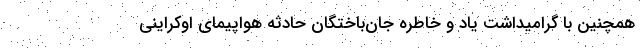
همچنین با گرامیداشت یاد و خاطره جان‌باختگان حادثه هواپیمای اوکراینی